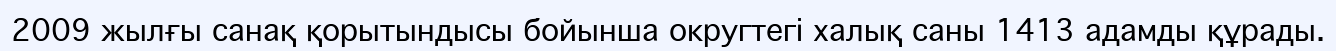
2009 жылғы санақ қорытындысы бойынша округтегі халық саны 1413 адамды құрады.